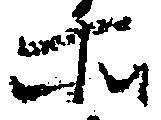
所